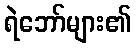
ရဲဘော်များ၏